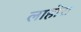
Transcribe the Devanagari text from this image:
लाहोरा